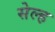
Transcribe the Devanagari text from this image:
सेल्‍ह